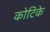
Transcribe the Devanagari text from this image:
कोटिके